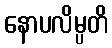
နောပလိမ္ပတိ